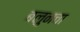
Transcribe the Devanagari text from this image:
बलुनचा